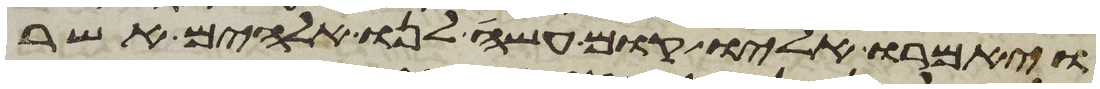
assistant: ויאמרו אליו קום עשה לנו אלהים אשר